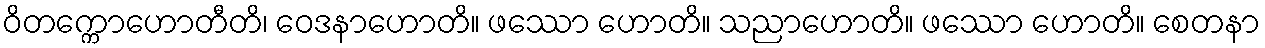
ဝိတက္ကောဟောတီတိ၊ ဝေဒနာဟောတိ။ ဖဿော ဟောတိ။ သညာဟောတိ။ ဖဿော ဟောတိ။ စေတနာ